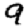
Digit: 9